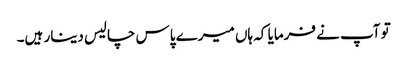
تو آپ نے فرمایا کہ ہاں میرے پاس چالیس دینار ہیں۔